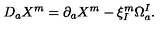
D _ { a } X ^ { m } = \partial _ { a } X ^ { m } - \xi _ { I } ^ { m } \Omega _ { a } ^ { I } .